Indian Medical Review
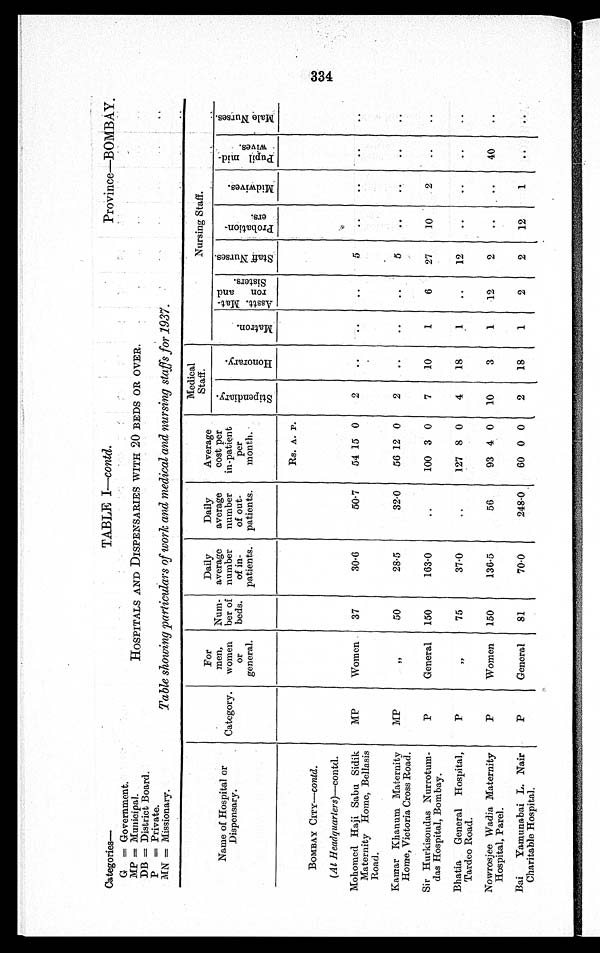
Categories—
TABLE I—contd.
Province—BOMBAY.
G = Government.
MP = Municipal.
HOSPITALS AND DISPENSARIES WITH 20 BEDS OR OVER.
DB = District Board.
P=Private.
MN = Missionary.
Table showing particulars of work and medical and nursing staffs for 1937.
Name of Hospital or
D i s p e n s a r y .
Category.
For
men
women
or
general.
Num-
her of
beds.
Daily
average
number
of in-
patients.
Daily
average
number
of out-
patients.
Average
cost per
in-patient
per
month.
Medical
.
Staff.
Nursing Staff.
S t i p e n d i a r y .
H o n o r a r y .
M a t r o n .
A s s t t . M a t - r o n a n d S i s t e r s .
S t a f f N u r s e s .
P r o b a t i o n -
e r s .
M i d w i v e s .
P u p i l m i d -
w i v e s .
M a l e N u r s e s .
Rs. A. P.
BOMBAY CITY—contd.
( At Headquarters)—contd.
Mohomed Haji Sabu Sidik
Maternity Home, Bellasis
Road.
MP
Women. 37
30·6
50·7
54 15 0
2
. .
. .
..
5
..
..
..
..
Lamar Khanum Maternity
MP
' '
50
28.5
32.0
56 12 0
2
..
..
..
5
..
. .
. .
..
Home, Victoria Cross Road.
Sir Hurkisondas Nur rotum -
das Hospital, Bombay.
P
General
150
163.0
..
100 3 0
7
10
1
6
27
10
2
..
..
Bhatia General Hospital,
Tardeo Road.
P
12
75
37.0
..
127 8 0
4
18
1
..
12
Nowrosjee Wadia Maternity
Hospital, Pare].
P
Women
150
136.5
56.
93 4 0
10
3
1
12
2
..
..
40
..
Bai
Yarauna,bai L. Nair
Charitable Hospital.
P
General
81
70.0
248.0
60 0 0
2
t
18
1
2
2
12
•
1
..
..